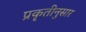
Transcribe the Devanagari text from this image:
प्रकृतीनुसार